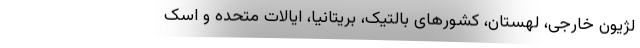
لژیون خارجی، لهستان، کشورهای بالتیک، بریتانیا، ایالات متحده و اسک